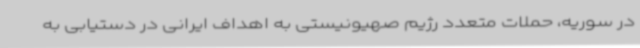
در سوریه، حملات متعدد رژیم صهیونیستی به اهداف ایرانی در دستیابی به